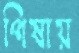
পিষায়